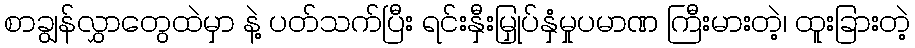
စာချွန်လွှာတွေထဲမှာ နဲ့ ပတ်သက်ပြီး ရင်းနှီးမြှုပ်နှံမှုပမာဏ ကြီးမားတဲ့၊ ထူးခြားတဲ့